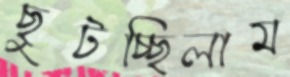
ছুটচ্ছিলাম